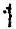
1